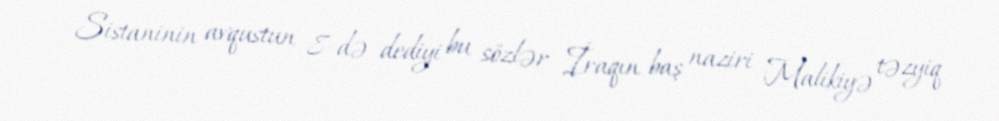
Sistaninin avqustun 8-də dediyi bu sözlər İraqın baş naziri Malikiyə təzyiq